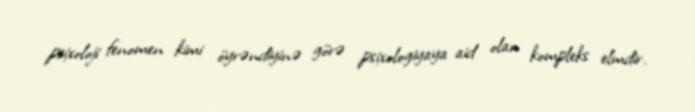
psixoloji fenomen kimi öyrəndiyinə görə psixologiyaya aid olan kompleks elmdir.